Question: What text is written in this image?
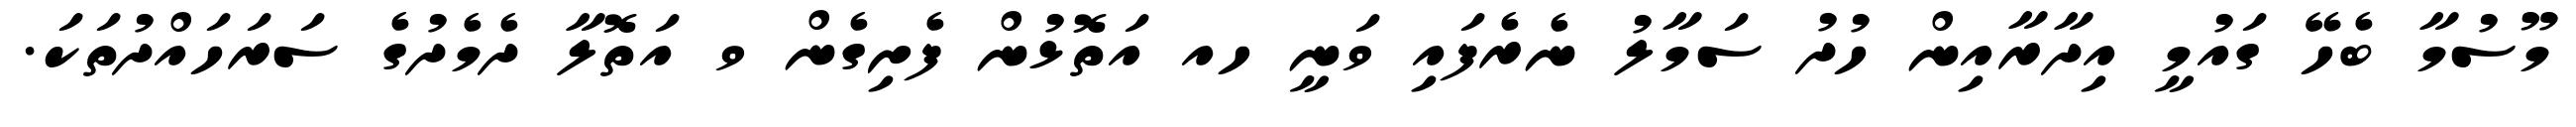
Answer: މޫސުމާ ބެހޭ ގައުމީ އިދާރާއިން ހުދު ސަމާލު ނެރެފައި ވަނީ ހއ އަތޮޅުން ފެށިގެން ވ އަތޮލާ ދެމެދުގެ ސަރަހައްދުތަކަ.